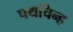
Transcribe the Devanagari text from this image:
पथचिन्ह